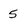
Character: 5